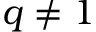
q \neq 1